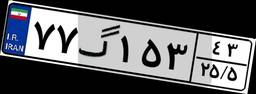
۷۷گ۱۵۳۴۳